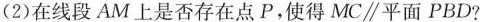
(2)在线段AM上是否存在点P，使得MC\parallel 平面PBD?